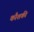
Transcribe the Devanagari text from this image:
कौशकी